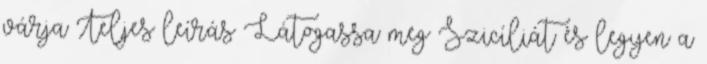
várja Teljes leírás Látogassa meg Szicíliát és legyen a